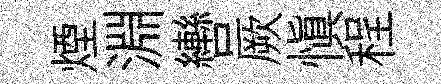
煙淵轡厥慎程